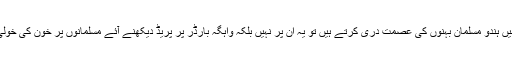
جب کشمیر میں ہندو مسلمان بہنوں کی عصمت دری کرتے ہیں تو یہ ان پر نہیں بلکہ واہگہ بارڈر پر پریڈ دیکھنے آئے مسلمانوں پر خون کی خولی کھیلتے ہیں۔